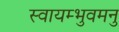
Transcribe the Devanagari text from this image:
स्वायम्भुवमनु